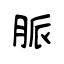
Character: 脈